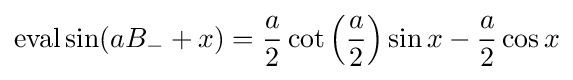
\operatorname {eval} \sin(aB_{-}+x)={\frac {a}{2}}\cot \left({\frac {a}{2}}\right)\sin x-{\frac {a}{2}}\cos x